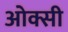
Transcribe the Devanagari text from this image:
ओक्सी